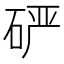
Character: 𰦾